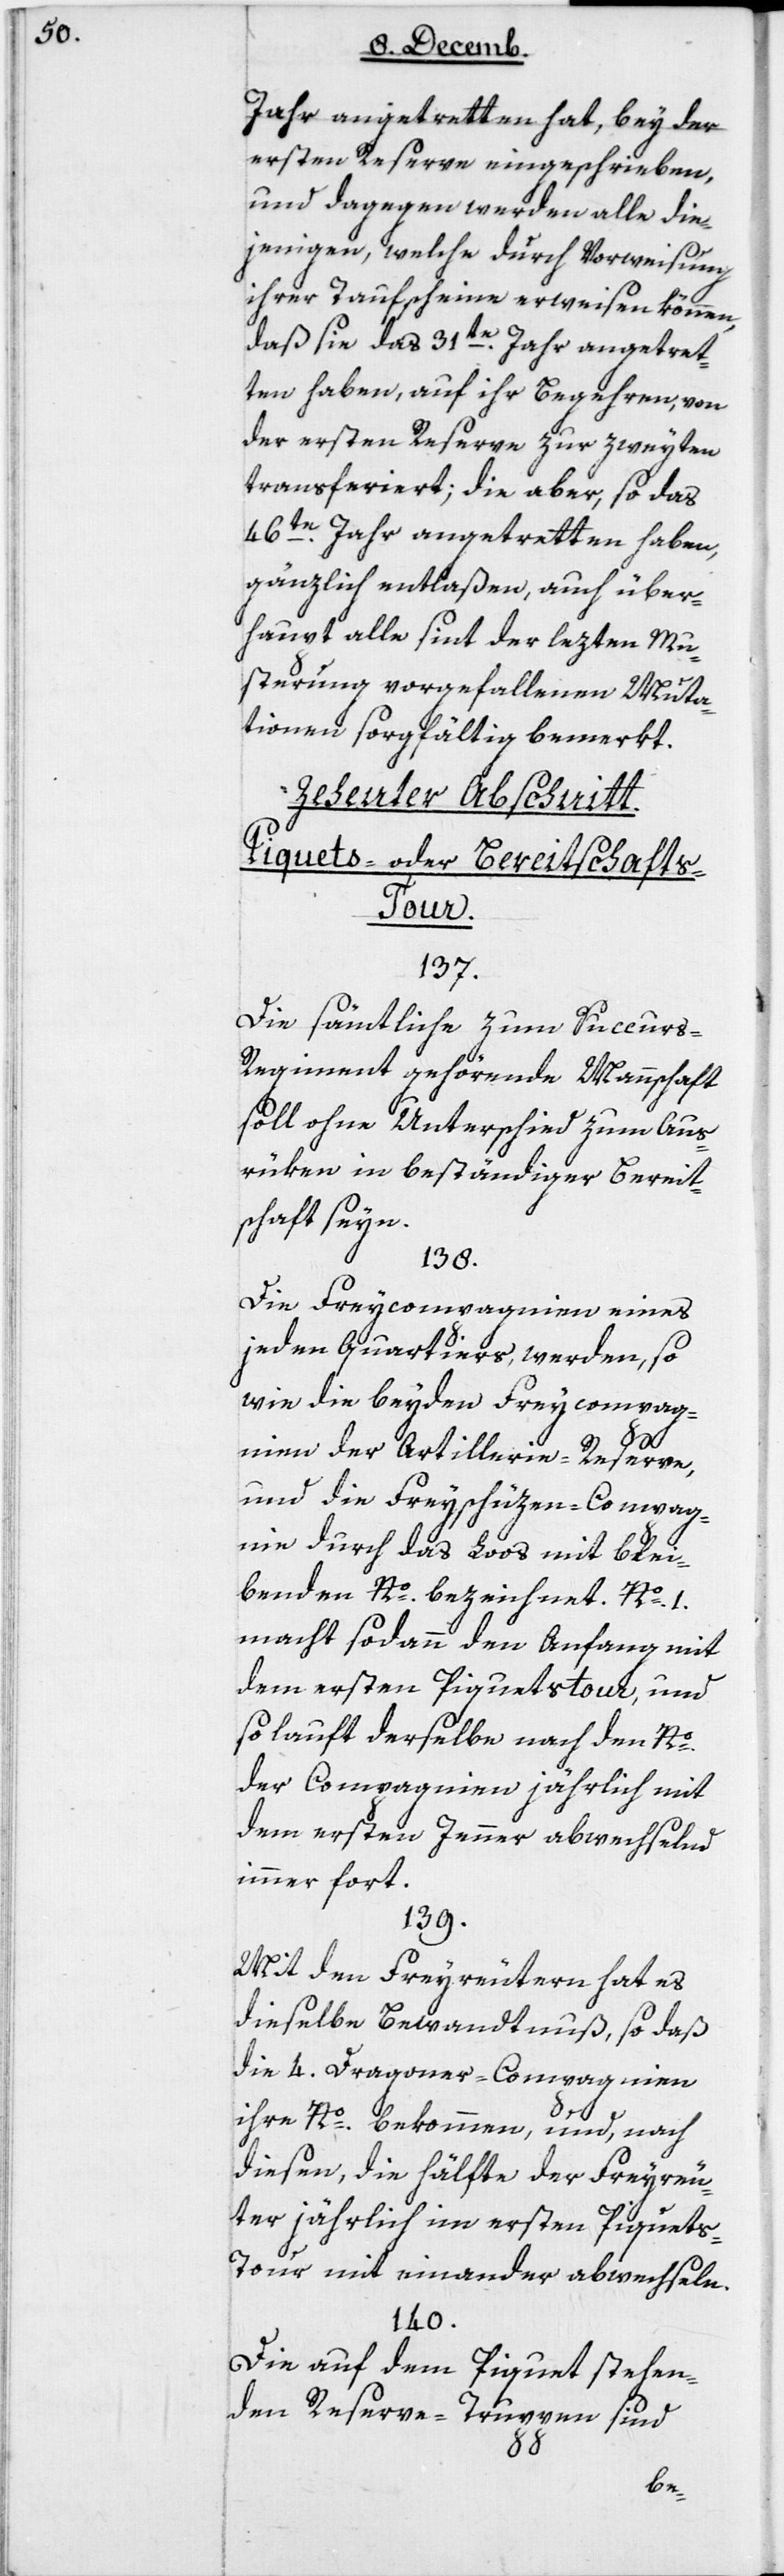
Jahr angetretten hat, bey der
ersten Reserve eingeschrieben,
und dagegen werden alle die¬
jenigen, welche durch Vorweisung
ihrer Taufscheine erweisen können,
daß sie das 31te Jahr angetret¬
ten haben, auf ihr Begehren, von
der ersten Reserve zur zweyten
transferiert; die aber, so das
46te Jahr angetretten haben,
gänzlich entlaßen, auch über¬
haupt alle seit der lezten Mu¬
sterung vorgefallenen Muta¬
tionen sorgfältig bemerkt.
Zehenter Abschnitt:
Piquets- oder Bereitschafts-T¬
our.
137.
Die sämtliche zum Succur¬
s-Regiment gehörende Mannschaft
soll ohne Unterschied zum Aus¬
rüken in beständiger Bereit¬
schaft seyn.
138.
Die Freycompagnien eines
jeden Quartiers, werden, so¬
wie die beyden Freycompag¬
nien der Artillerie-Reserve,
und die Freyschüzen-Compag¬
nie durch das Loos mit blei¬
benden Nº bezeichnet. Nº 1
macht sodann den Anfang mit
dem ersten Piquetstour, und
so lauft derselbe nach den Nº
der Compagnien jährlich mit
dem ersten Jenner abwechselnd
immer fort.
139.
Mit den Freyreutern hat es
dieselbe Bewandtnuß, so daß
die vier Dragoner-Compagnien
ihre Nº bekommen, und nach
diesen, die Hälfte der Freyreu¬
ter jährlich im ersten Piquet¬
s-Tour miteinander abwechseln.
140.
Die auf dem Piquet stehen¬
den Reserve-Truppen sind